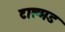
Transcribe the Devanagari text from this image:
टाल्मड